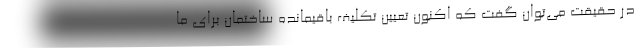
در حقیقت می‌توان گفت که اکنون تعیین تکلیف باقیمانده ساختمان برای ما